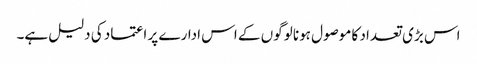
اس بڑی تعداد کا موصول ہونا لوگوں کے اس ادارے پر اعتماد کی دلیل ہے۔